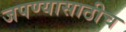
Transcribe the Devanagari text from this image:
जपण्यासाठीच